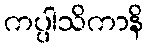
ကပ္ပါသိကာနိ